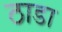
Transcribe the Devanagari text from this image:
ठाडा